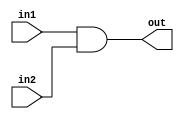
module AND_GATE
(
	input wire  in1,
	input wire  in2,
	output wire out
);

	assign out = in1 & in2 ;
endmodule